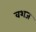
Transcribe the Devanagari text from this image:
वशज